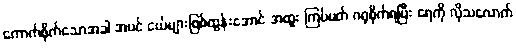
ကောက်စိုက်သောအခါ အပင် ငယ်များဖြစ်ထွန်းအောင် အထူး ကြပ်မတ် ဂရုစိုက်ရပြီး ရေကို လိုသလောက်